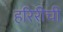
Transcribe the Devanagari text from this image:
हरिरीची